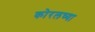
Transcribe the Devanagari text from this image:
काेरलच्या